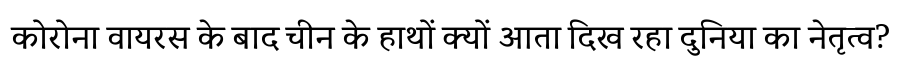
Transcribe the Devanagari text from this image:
कोरोना वायरस के बाद चीन के हाथों क्यों आता दिख रहा दुनिया का नेतृत्व?